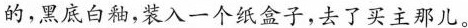
的，黑底白釉，装入一个纸盒子，去了买主那儿。